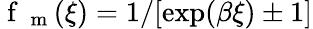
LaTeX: \mathrm{~f~}_{\mathrm{~m~}}(\xi)=1/[\exp(\beta\xi)\pm 1]